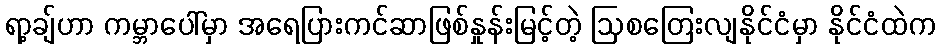
ရာ့ချ်ဟာ ကမ္ဘာပေါ်မှာ အရေပြားကင်ဆာဖြစ်နှုန်းမြင့်တဲ့ ဩစတြေးလျနိုင်ငံမှာ နိုင်ငံထဲက